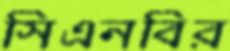
সিএনবির